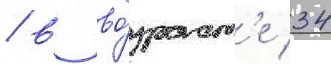
/ в во́зраст'е 34